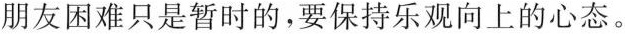
朋友困难只是暂时的，要保持乐观向上的心态。